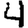
Digit: 4